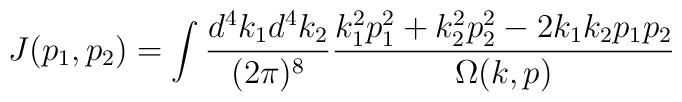
J(p_1,p_2)=\int \frac{d^4k_1 d^4k_2}{(2\pi)^8} \frac{k^2_1 p^2_1+k^2_2 p^2_2-2k_1k_2p_1p_2}{\Omega(k,p)}